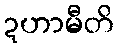
ဍဟာမီတိ